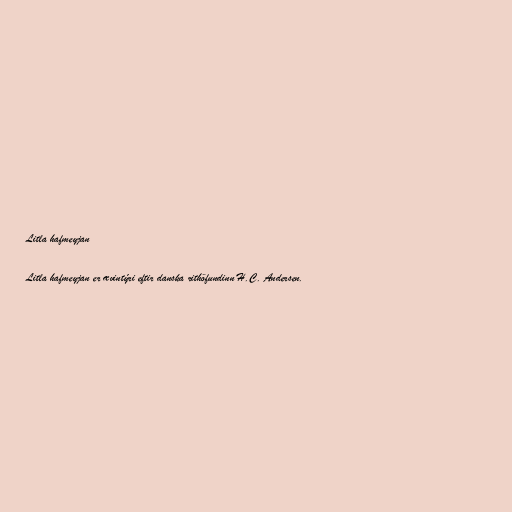
Litla hafmeyjan

Litla hafmeyjan er ævintýri eftir danska rithöfundinn H.C. Andersen.